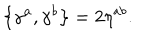
\left\{ \gamma ^ { a } , \gamma ^ { b } \right\} = 2 \eta ^ { a b } .